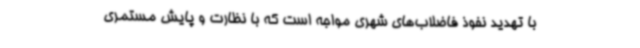
با تهدید نفوذ فاضلاب‌های شهری مواجه است که با نظارت و پایش مستمری